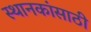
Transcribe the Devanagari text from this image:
स्थानकांसाठी